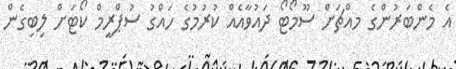
އެ މެންބަރުންގެ މއްޗަށް ސޫމޯޓޯ ދައުވާއެއް ކުރުމުގެ ހައްގު ސުޕްރީމް ކޯޓަށް ލިބިގެން